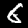
Digit: 6